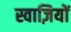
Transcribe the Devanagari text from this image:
स्वाज़ियों